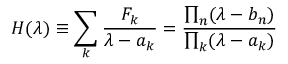
{ \cal H } ( \lambda ) \equiv \sum _ { k } { \frac { F _ { k } } { \lambda - a _ { k } } } = { \frac { \prod _ { n } ( \lambda - b _ { n } ) } { \prod _ { k } ( \lambda - a _ { k } ) } }